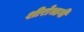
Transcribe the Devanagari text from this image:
शीरोभागी